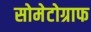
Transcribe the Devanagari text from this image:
सोमेटोग्राफ